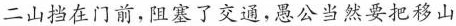
二山挡在门前，阻塞了交通，愚公当然要把移山